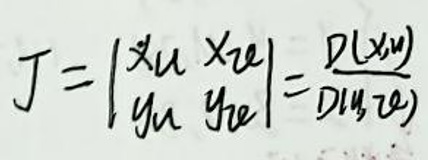
$J = \left| \begin{array}{cc}
x_{11} & x_{12} \\
y_{11} & y_{12}
\end{array} \right| = \frac{\partial (x_{11})}{\partial (y_{11})}$